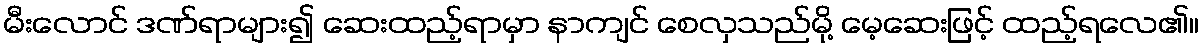
မီးလောင် ဒဏ်ရာများ၍ ဆေးထည့်ရာမှာ နာကျင် စေလှသည်မို့ မေ့ဆေးဖြင့် ထည့်ရလေ၏။